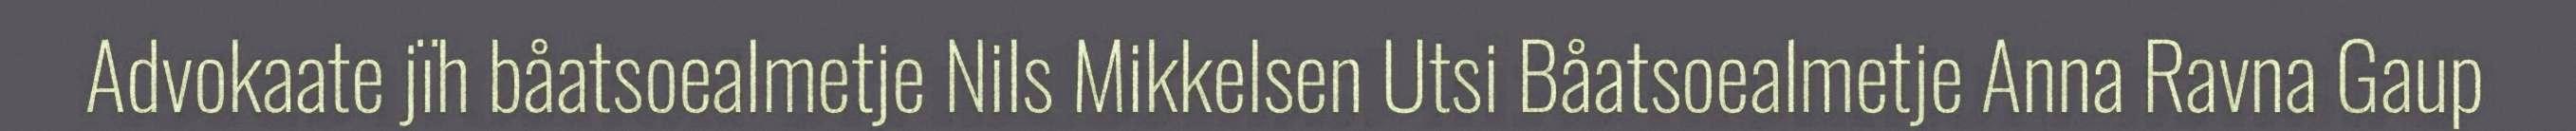
Advokaate jïh båatsoealmetje Nils Mikkelsen Utsi Båatsoealmetje Anna Ravna Gaup